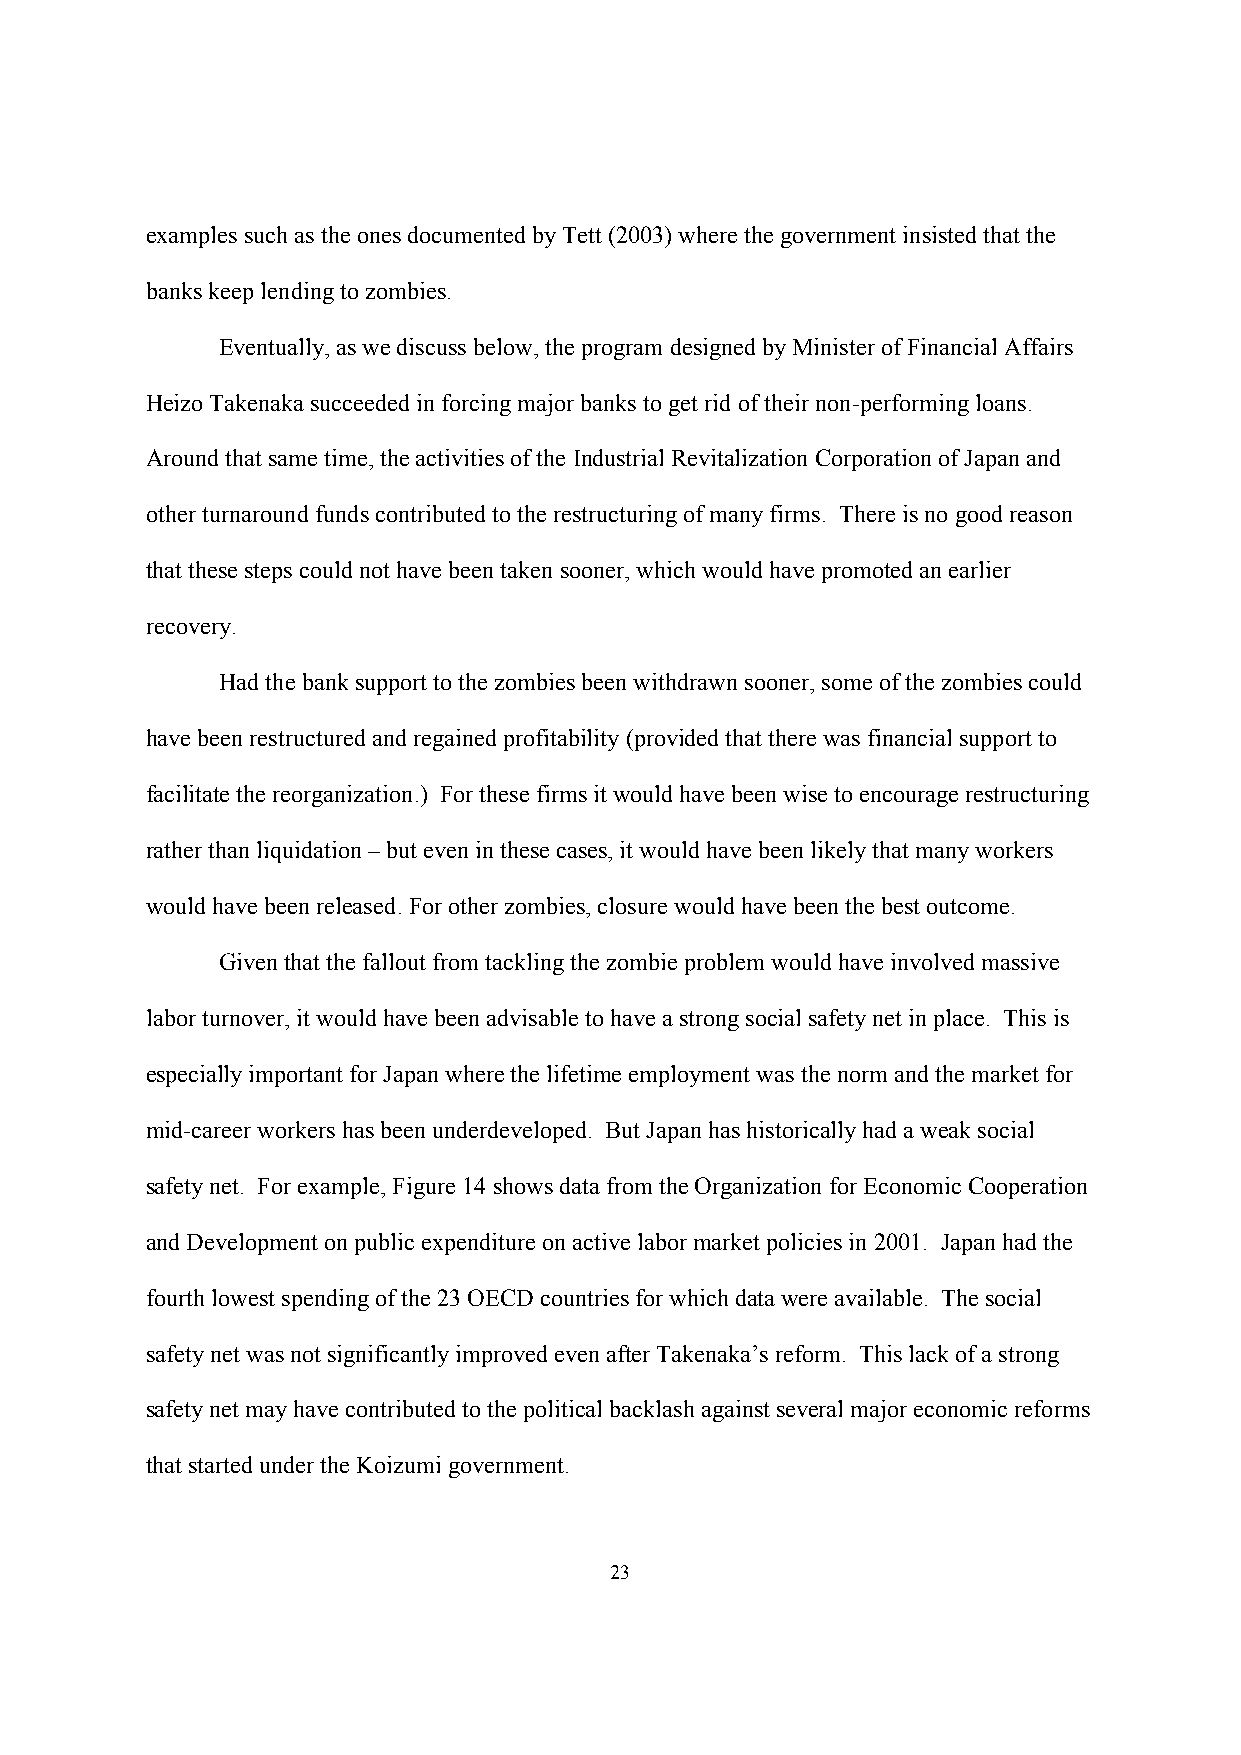
examples such as the ones documented by Tett (2003) where the government insisted that the
 banks keep lending to zombies.
 Eventually, as we discuss below, the program designed by Minister of Financial Affairs
 Heizo Takenaka succeeded in forcing major banks to get rid of their non-performing loans.
 Around that same time, the activities of the Industrial Revitalization Corporation of Japan and
 other turnaround funds contributed to the restructuring of many firms. There is no good reason
 that these steps could not have been taken sooner, which would have promoted an earlier
 recovery.
 Had the bank support to the zombies been withdrawn sooner, some of the zombies could
 have been restructured and regained profitability (provided that there was financial support to
 facilitate the reorganization.) For these firms it would have been wise to encourage restructuring
 rather than liquidation – but even in these cases, it would have been likely that many workers
 would have been released. For other zombies, closure would have been the best outcome.
 Given that the fallout from tackling the zombie problem would have involved massive
 labor turnover, it would have been advisable to have a strong social safety net in place. This is
 especially important for Japan where the lifetime employment was the norm and the market for
 mid-career workers has been underdeveloped. But Japan has historically had a weak social
 safety net. For example, Figure 14 shows data from the Organization for Economic Cooperation
 and Development on public expenditure on active labor market policies in 2001. Japan had the
 fourth lowest spending of the 23 OECD countries for which data were available. The social
 safety net was not significantly improved even after Takenaka’s reform. This lack of a strong
 safety net may have contributed to the political backlash against several major economic reforms
 that started under the Koizumi government.
 23